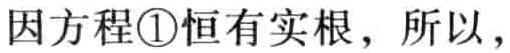
因方程\textcircled{1}恒有实根，所以，